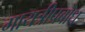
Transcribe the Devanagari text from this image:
गायत्रीप्रबोध